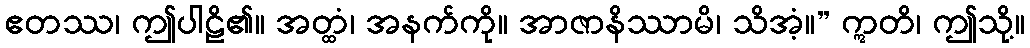
ဧတဿ၊ ဤပါဠိ၏။ အတ္ထံ၊ အနက်ကို။ အာဇာနိဿာမိ၊ သိအံ့။” ဣတိ၊ ဤသို့။